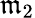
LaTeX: \mathfrak{m}_{2}